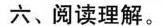
六、阅读理解。